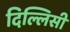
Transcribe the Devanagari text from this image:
दिल्लिसी